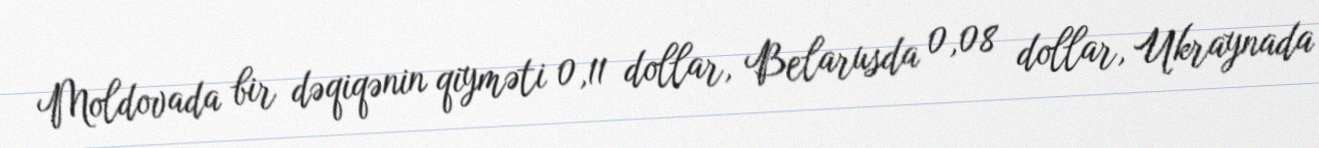
Moldovada bir dəqiqənin qiyməti 0,11 dollar, Belarusda 0,08 dollar, Ukraynada